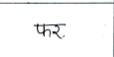
मजकूर: फर